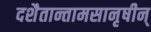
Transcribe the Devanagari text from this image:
दशैतान्तामसानृषीन्